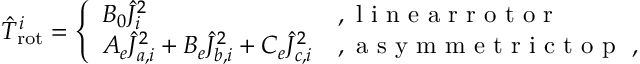
\begin{array} { r } { \hat { T } _ { \mathrm { r o t } } ^ { i } = \left\{ \begin{array} { l l } { \hfil B _ { 0 } \hat { J } _ { i } ^ { 2 } } & { , \mathrm { ~ l ~ i ~ n ~ e ~ a ~ r ~ r ~ o ~ t ~ o ~ r ~ } } \\ { A _ { e } \hat { J } _ { a , i } ^ { 2 } + B _ { e } \hat { J } _ { b , i } ^ { 2 } + C _ { e } \hat { J } _ { c , i } ^ { 2 } } & { , \mathrm { ~ a ~ s ~ y ~ m ~ m ~ e ~ t ~ r ~ i ~ c ~ t ~ o ~ p ~ } ~ , } \end{array} \right. } \end{array}